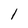
Character: 1